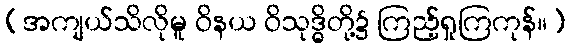
(အကျယ်သိလိုမူ ဝိနယ ဝိသုဒ္ဓိတို့၌ ကြည့်ရှုကြကုန်။)